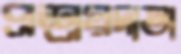
প্রশ্রয়দাতা